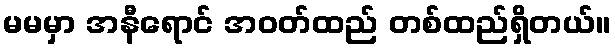
မမမှာ အနီရောင် အဝတ်ထည် တစ်ထည်ရှိတယ်။